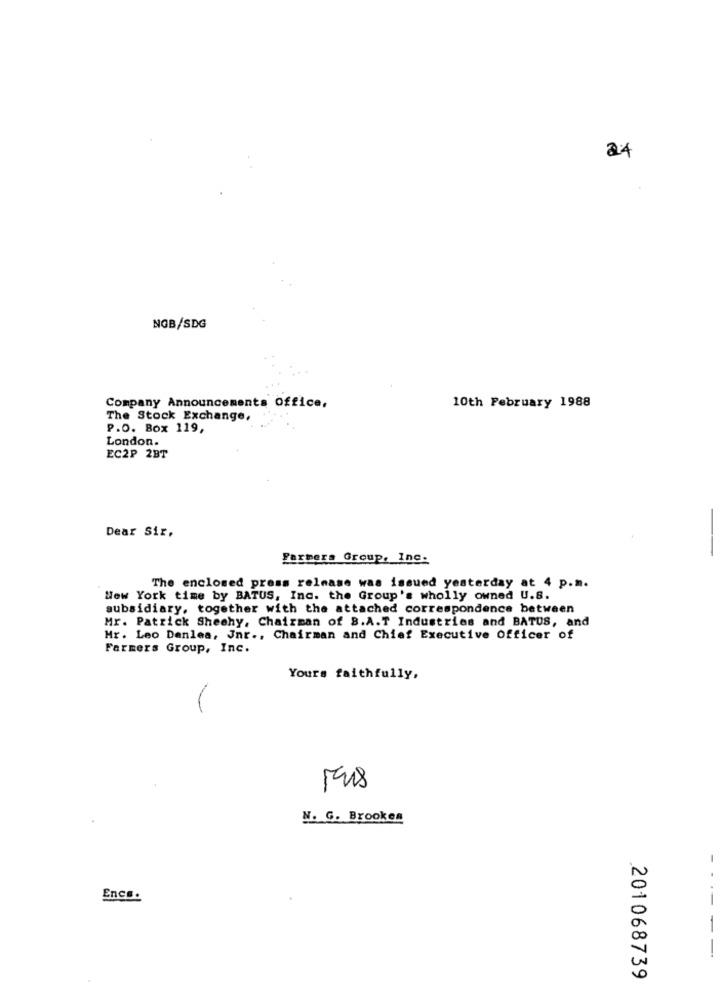
24
NGB/SDG
10th February 1988
Company Announcements Office,
The Stock Exchange,
P.O. Box 119,
London.
EC2P 2BT
Dear Sir.
Farmers Group, Inc.
The enclosed press release was issued yesterday at 4 p.m.
New York time by BATUS, Inc. the Group's wholly owned U.S.
subsidiary, together with the attached correspondence between
Mr. Patrick Sheehy, Chairman of B.A.T Industries and BATUS, and
Mr. Leo Danlea, Jnr ., Chairman and Chief Executive Officer of
Farmers Group, Inc.
Yours faithfully,
N. G. Brookes
--
Encs.
--
201068739